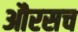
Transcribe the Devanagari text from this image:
औरसच